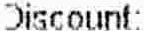
DISCOUNT: